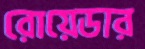
রোয়েডার